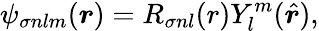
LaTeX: \psi_{\sigma nlm}(\boldsymbol{r})=R_{\sigma nl}(r)Y_{l}^{m}(\hat{\boldsymbol{r}}),